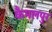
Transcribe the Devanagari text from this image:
कैमलपुर